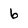
Character: 6